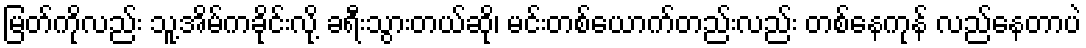
မြတ်ကိုလည်း သူ့အိမ်ကခိုင်းလို့ ခရီးသွားတယ်ဆို၊ မင်းတစ်ယောက်တည်းလည်း တစ်နေကုန် လည်နေတာပဲ